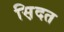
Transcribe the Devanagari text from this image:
स़िदत